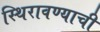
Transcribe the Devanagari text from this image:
स्थिरावण्याची